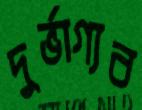
দুর্ভাগ্যব